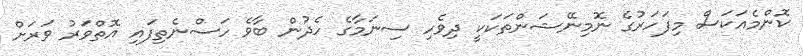
ކޮންމެއަކަސް މިފަހަރުގެ ނޮމިނޭޝަންތަކަކީ ދިވެހި ސިނަމާގެ ހެދުން ބާވެ ހަސްނެތިފައި އޮތްވަރު ވަރަށް